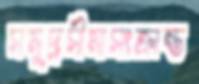
সমুদ্রসীমাসংক্রান্ত